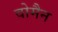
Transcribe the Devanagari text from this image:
वोमैन